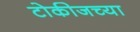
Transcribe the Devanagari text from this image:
टोकीजच्या